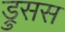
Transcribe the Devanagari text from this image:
ड्रुसस